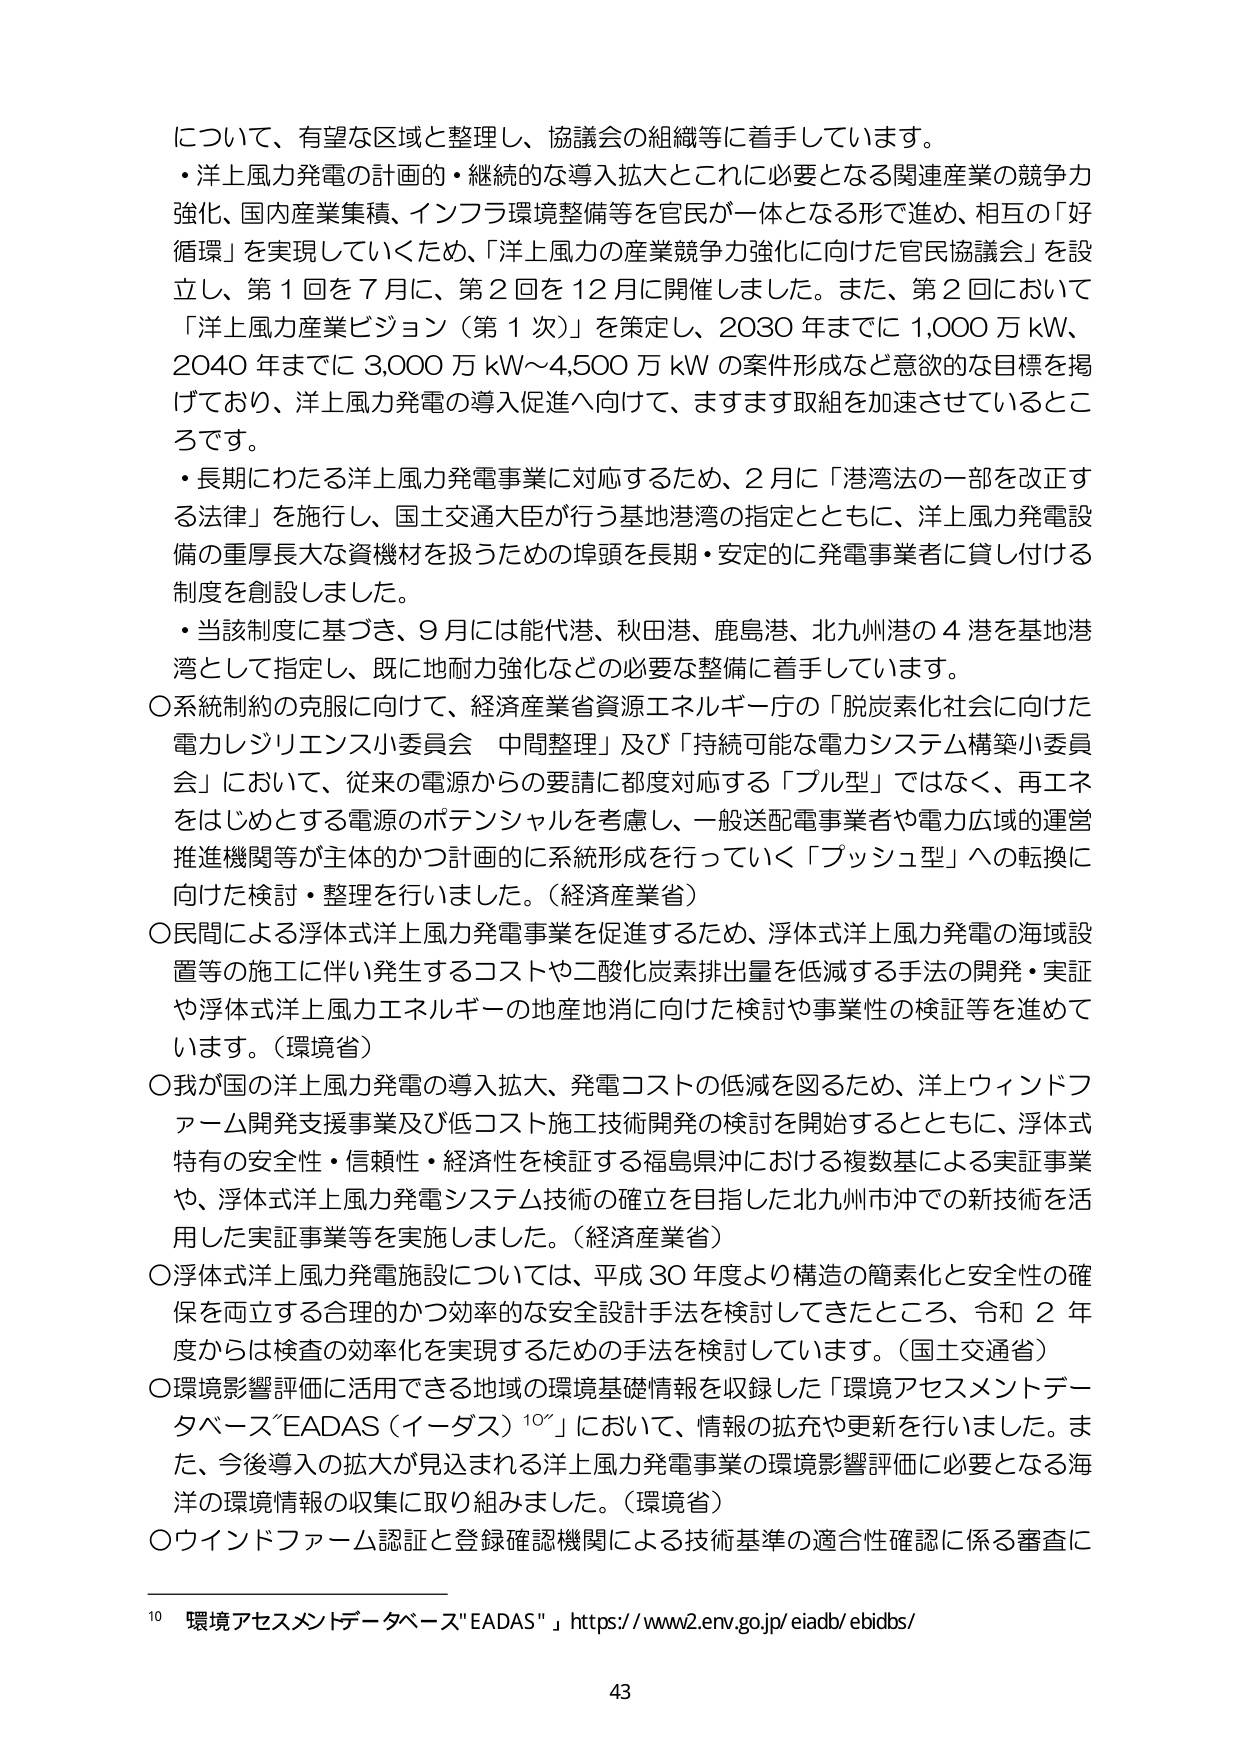
について、有望な区域と整理し、協議会の組織等に着手しています。
・洋上風力発電の計画的・継続的な導入拡大とこれに必要となる関連産業の競争力強化、国内産業集積、インフラ環境整備等を官民が一体となる形で進め、相互の「好循環」を実現していくため、「洋上風力の産業競争力強化に向けた官民協議会」を設立し、第1回を7月に、第2回を12月に開催しました。また、第2回において「洋上風力産業ビジョン（第1次）」を策定し、2030年までに1,000万kW、2040年までに3,000万kW～4,500万kWの案件形成など意欲的な目標を掲げており、洋上風力発電の導入促進へ向けて、ますます取組を加速させているところです。
・長期にわたる洋上風力発電事業に対応するため、2月に「港湾法の一部を改正する法律」を施行し、国土交通大臣が行う基地港湾の指定とともに、洋上風力発電設備の重厚長大な資機材を扱うための埠頭を長期・安定的に発電事業者に貸し付ける制度を創設しました。
・当該制度に基づき、9月には能代港、秋田港、鹿島港、北九州港の4港を基地港湾として指定し、既に地耐力強化などの必要な整備に着手しています。
○系統制約の克服に向けて、経済産業省資源エネルギー庁の「脱炭素化社会に向けた電力レジリエンス小委員会 中間整理」及び「持続可能な電力システム構築小委員会」において、従来の電源からの要請に都度対応する「プル型」ではなく、再エネをはじめとする電源のポテンシャルを考慮し、一般送配電事業者や電力広域の運営推進機関等が主体的かつ計画的に系統形成を行っていく「プッシュ型」への転換に向けた検討・整理を行いました。（経済産業省）
○民間による浮体式洋上風力発電事業を促進するため、浮体式洋上風力発電の海域設置等の施工に伴い発生するコストや二酸化炭素排出量を低減する手法の開発・実証や浮体式洋上風力エネルギーの地産地消に向けた検討や事業性の検証等を進めています。（環境省）
○我が国の洋上風力発電の導入拡大、発電コストの低減を図るため、洋上ウィンドファーム開発支援事業及び低コスト施工技術開発の検討を開始するとともに、浮体式特有の安全性・信頼性・経済性を検証する福島県沖における複数基による実証事業や、浮体式洋上風力発電システム技術の確立を目指した北九州市沖での新技術を活用した実証事業等を実施しました。（経済産業省）
○浮体式洋上風力発電施設については、平成30年度より構造の簡素化と安全性の確保を両立する合理的かつ効率的な安全設計手法を検討してきたところ、令和2年度からは検査の効率化を実現するための手法を検討しています。（国土交通省）
○環境影響評価に活用できる地域の環境基礎情報を収録した「環境アセスメントデータベース"EADAS（イーダス）"」において、情報の拡充や更新を行いました。また、今後導入の拡大が見込まれる洋上風力発電事業の環境影響評価に必要となる海洋の環境情報の収集に取り組みました。（環境省）
○ウインドファーム認証と登録確認機関による技術基準の適合性確認に係る審査に

10 環境アセスメントデータベース"EADAS" https://www2.env.go.jp/eiadb/ebidbs/

43